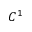
C ^ { 1 }